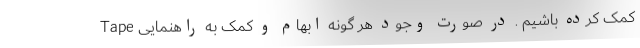
Tape کمک کرده باشیم . در صورت وجود هر گونه ابهام و کمک به راهنمایی